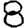
Digit: 8